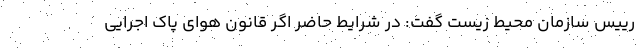
رییس سازمان محیط زیست گفت: در شرایط حاضر اگر قانون هوای پاک اجرایی